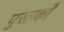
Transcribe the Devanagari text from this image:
पुस्तकोँ